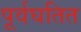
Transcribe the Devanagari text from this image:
पूर्वघतित